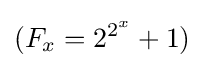
(F_{x}=2^{2^{x}}+1)